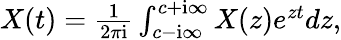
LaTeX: \begin{array}{r}{X(t)=\frac{1}{2\pi\mathrm{i}}\int_{c-\mathrm{i}\infty}^{c+\mathrm{i}\infty}X(z)e^{zt}dz,}\end{array}